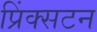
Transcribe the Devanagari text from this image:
प्रिंक्सटन